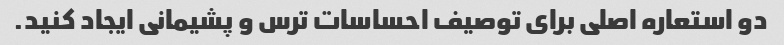
دو استعاره اصلی برای توصیف احساسات ترس و پشیمانی ایجاد کنید.